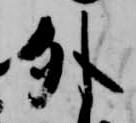
外